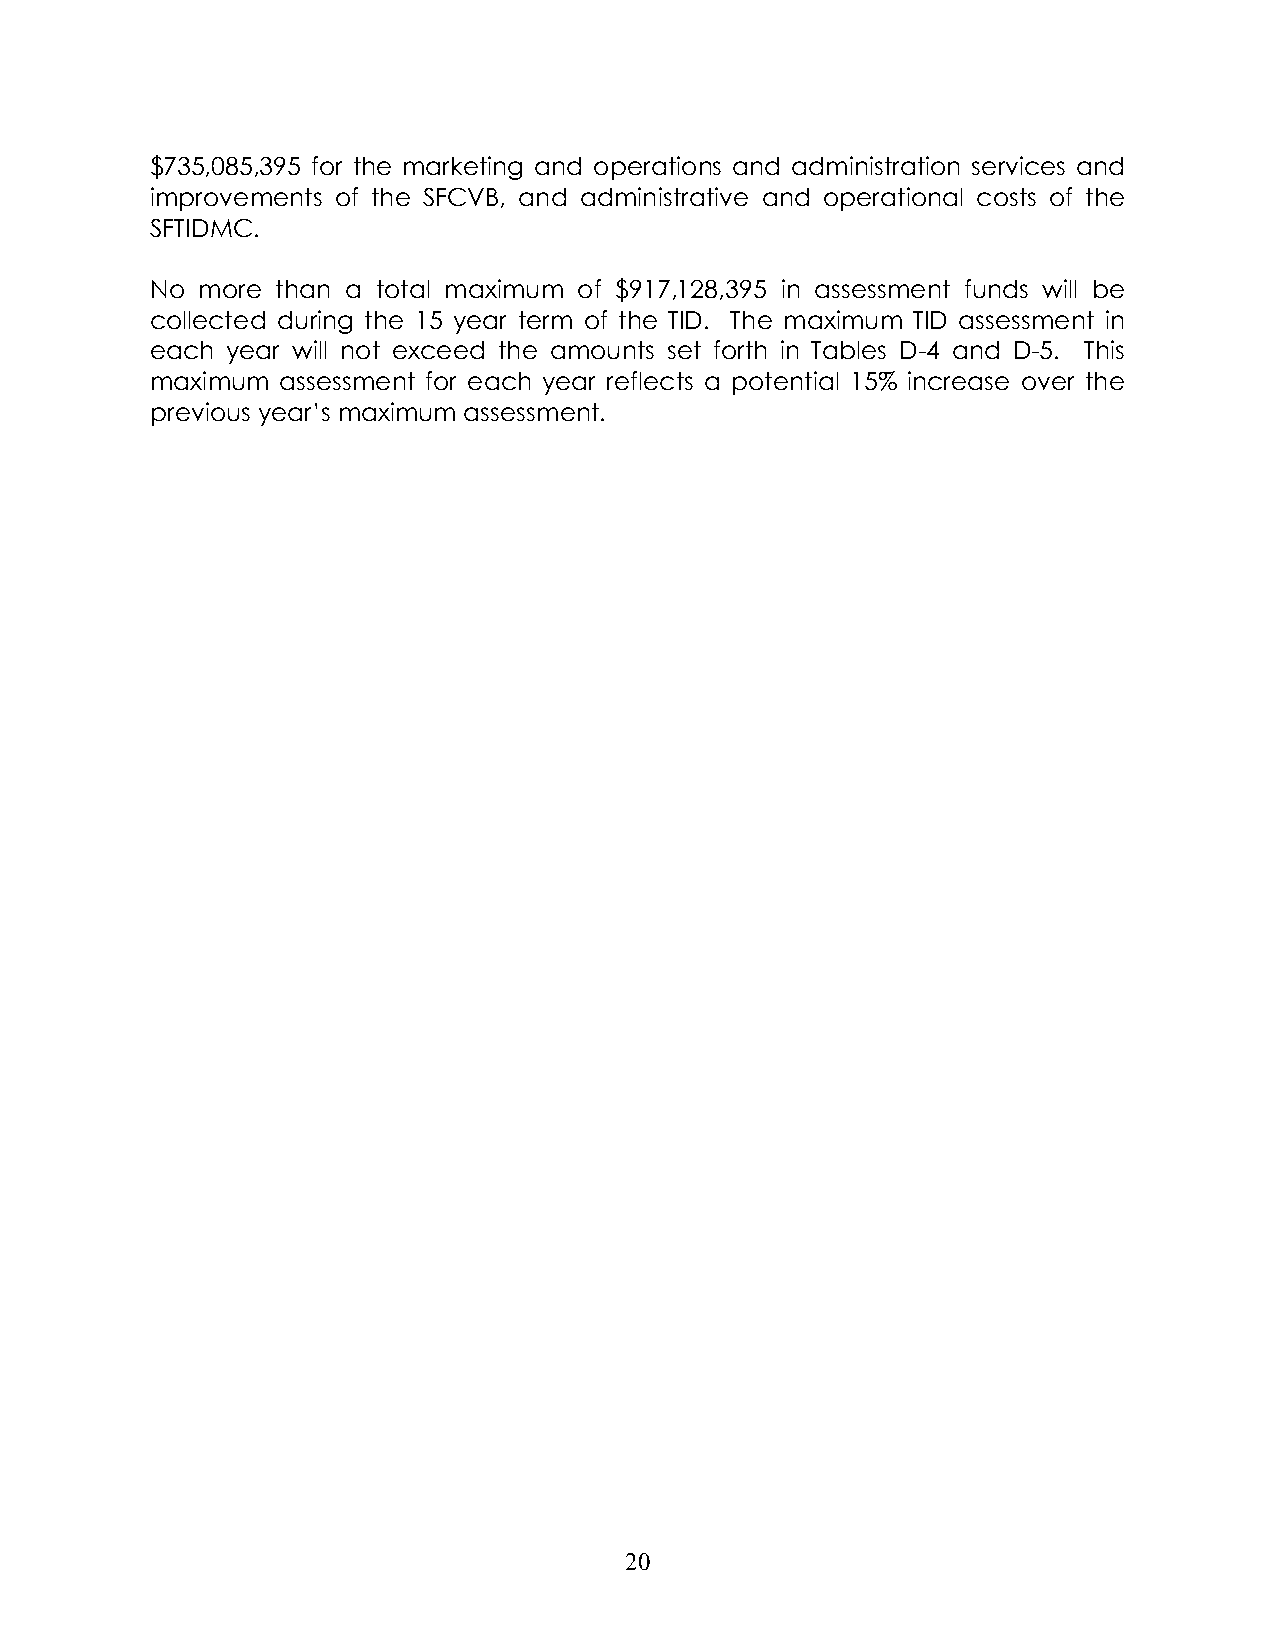
$735,085,395 for the marketing and operations and administration services and
 improvements of the SFCVB, and administrative and operational costs of the
 SFTIDMC.
 No more than a total maximum of $917,128,395 in assessment funds will be
 collected during the 15 year term of the TID. The maximum TID assessment in
 each year will not exceed the amounts set forth in Tables D-4 and D-5. This
 maximum  assessment for each year reflects a potential 15% increase over the
 previous year’s maximum assessment.
 20